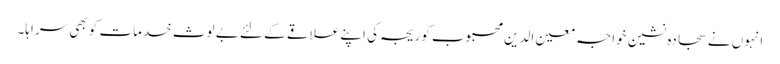
انہوں نے سجادہ نشین خواجہ معین الدین محبوب کوریجہ کی اپنے علاقے کے لئے بے لوث خدمات کو بھی سراہا۔